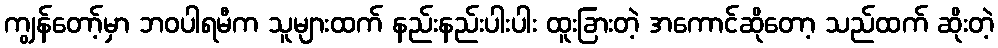
ကျွန်တော့်မှာ ဘဝပါရမီက သူများထက် နည်းနည်းပါးပါး ထူးခြားတဲ့ အကောင်ဆိုတော့ သည်ထက် ဆိုးတဲ့